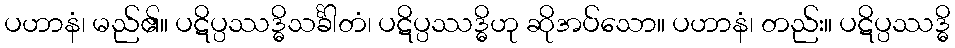
ပဟာနံ၊ မည်၏။ ပဋိပ္ပဿဒ္ဓိသင်္ခါတံ၊ ပဋိပ္ပဿဒ္ဓိဟု ဆိုအပ်သော။ ပဟာနံ၊ တည်း။ ပဋိပ္ပဿဒ္ဓိ